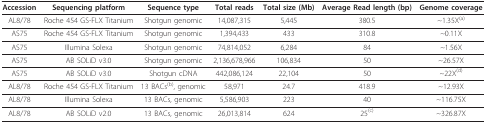
<table><thead><tr><td><b>Accession</b></td><td><b>Sequencing platform</b></td><td><b>Sequence type</b></td><td><b>Total reads</b></td><td><b>Total size (Mb)</b></td><td><b>Average Read length (bp)</b></td><td><b>Genome coverage</b></td></tr></thead><tbody><tr><td>AL8/78</td><td>Roche 454 GS-FLX Titanium</td><td>Shotgun genomic</td><td>14,087,315</td><td>5,445</td><td>380.5</td><td>~1.35X<sup>(a)</sup></td></tr><tr><td>AS75</td><td>Roche 454 GS-FLX Titanium</td><td>Shotgun genomic</td><td>1,394,433</td><td>433</td><td>310.8</td><td>~0.11X</td></tr><tr><td>AS75</td><td>Illumina Solexa</td><td>Shotgun genomic</td><td>74,814,052</td><td>6,284</td><td>84</td><td>~1.56X</td></tr><tr><td>AS75</td><td>AB SOLiD v3.0</td><td>Shotgun genomic</td><td>2,136,678,966</td><td>106,834</td><td>50</td><td>~26.57X</td></tr><tr><td>AS75</td><td>AB SOLiD v3.0</td><td>Shotgun cDNA</td><td>442,086,124</td><td>22,104</td><td>50</td><td>~22X<sup>(d)</sup></td></tr><tr><td>AL8/78</td><td>Roche 454 GS-FLX Titanium</td><td>13 BACs<sup>(b)</sup>, genomic</td><td>58,971</td><td>24.7</td><td>418.9</td><td>~12.93X</td></tr><tr><td>AL8/78</td><td>Illumina Solexa</td><td>13 BACs, genomic</td><td>5,586,903</td><td>223</td><td>40</td><td>~116.75X</td></tr><tr><td>AL8/78</td><td>AB SOLiD v2.0</td><td>13 BACs, genomic</td><td>26,013,814</td><td>624</td><td>25<sup>(c)</sup></td><td>~326.87X</td></tr></tbody></table>